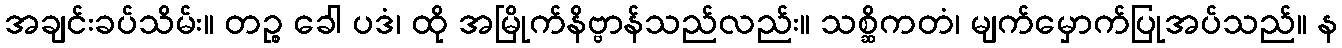
အချင်းခပ်သိမ်း။ တဉ္စ ခေါ ပဒံ၊ ထို အမြိုက်နိဗ္ဗာန်သည်လည်း။ သစ္ဆိကတံ၊ မျက်မှောက်ပြုအပ်သည်။ န